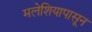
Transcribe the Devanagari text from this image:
मलेशियापासून